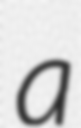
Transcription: a